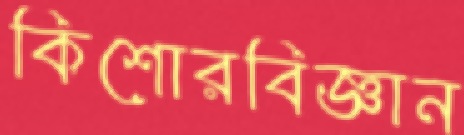
কিশোরবিজ্ঞান